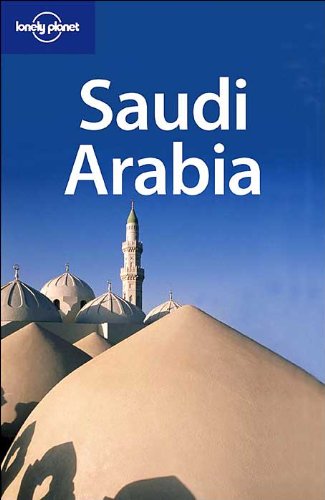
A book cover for Saudi Arabia (Lonely Planet Saudi Arabia); Anthony Ham; Travel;